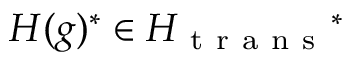
H ( g ) ^ { * } \in H _ { \mathrm { ~ t ~ r ~ a ~ n ~ s ~ } } { } ^ { * }